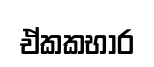
ඒකකභාර